Document type: Grant of rights
Year: 1326
Scribe: Bernat de Vilarúbia
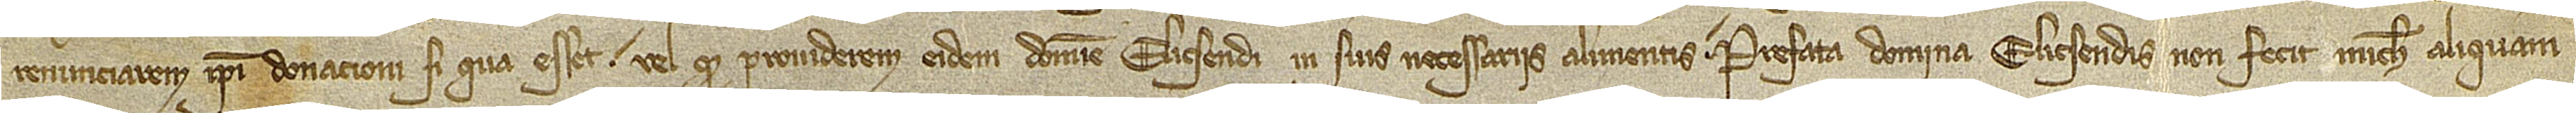
renunciarem ipsi donacioni si qua esset vel quod providerem eidem domine Elicsendi in suis necessariis alimentis. Prefata domina Elicsendis non fecit michi aliquam